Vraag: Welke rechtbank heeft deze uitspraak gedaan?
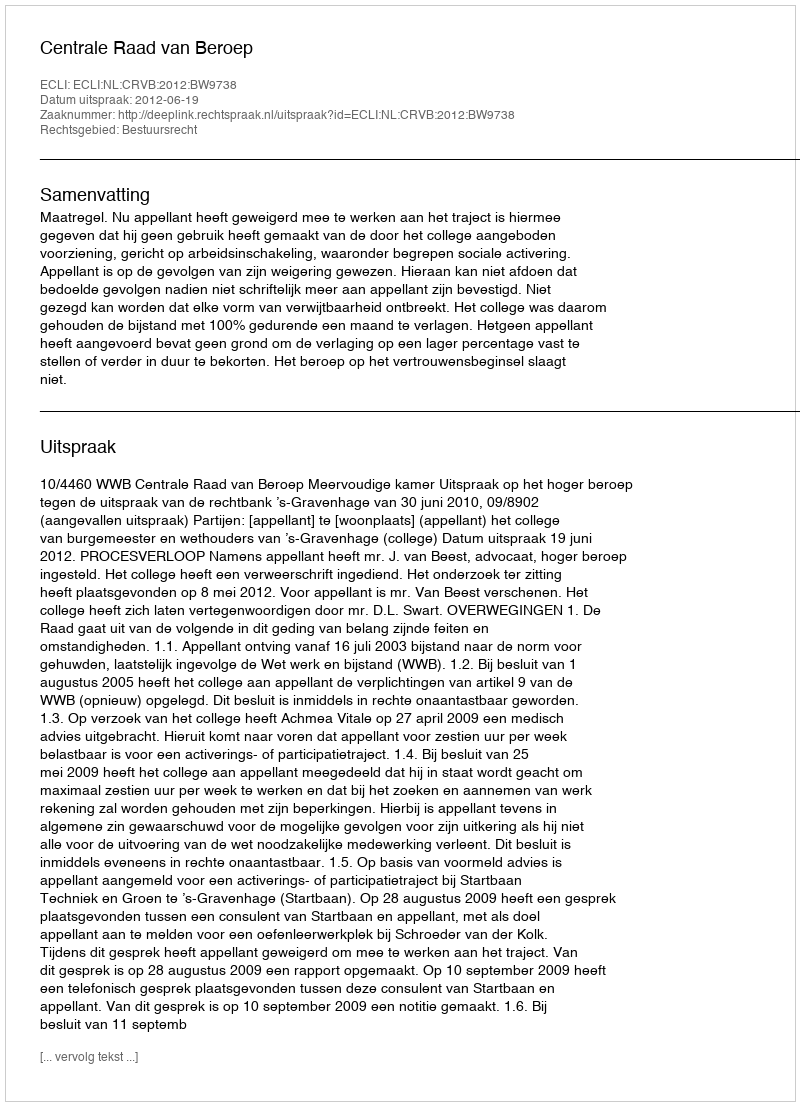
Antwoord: Centrale Raad van Beroep